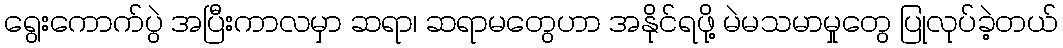
ရွေးကောက်ပွဲ အပြီးကာလမှာ ဆရာ၊ ဆရာမတွေဟာ အနိုင်ရဖို့ မဲမသမာမှုတွေ ပြုလုပ်ခဲ့တယ်